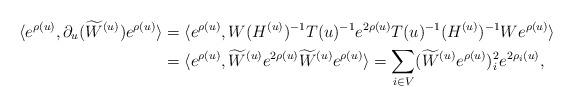
LaTeX: \begin{align*}\langle e^{\rho(u)},\partial_u (\widetilde{W}^{(u)})e^{\rho(u)}\rangle &= \langle e^{\rho(u)},W (H^{(u)})^{-1}T(u)^{-1} e^{2\rho(u)} T(u)^{-1}(H^{(u)})^{-1} W e^{\rho(u)}\rangle \\&= \langle e^{\rho(u)}, \widetilde{W}^{(u)}e^{2\rho(u)}\widetilde{W}^{(u)} e^{\rho(u)}\rangle = \sum_{i\in V} (\widetilde{W}^{(u)}e^{\rho(u)})_i^2 e^{2\rho_i(u)},\end{align*}